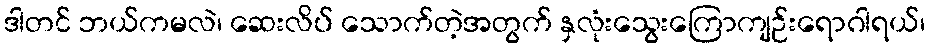
ဒါတင် ဘယ်ကမလဲ၊ ဆေးလိပ် သောက်တဲ့အတွက် နှလုံးသွေးကြောကျဉ်းရောဂါရယ်၊